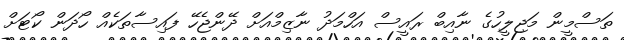
ތަސްމީން މަޖިލީހުގެ ނާއިބް ރައީސް އަހްމަދު ނާޒިމްއަށް ދޭންޖެހޭ ފައިސާތަކެއް ހޯދަން ކޯޓަށް